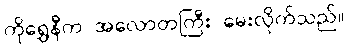
ကိုရွှေနီက အလောတကြီး မေးလိုက်သည်။